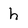
Character: h